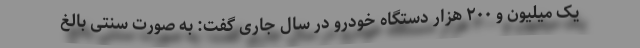
یک میلیون و ۲۰۰ هزار دستگاه خودرو در سال جاری گفت: به صورت سنتی بالغ